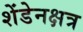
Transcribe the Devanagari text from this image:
शेंडेनक्षत्र